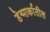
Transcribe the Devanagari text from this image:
डेन्मार्कातील